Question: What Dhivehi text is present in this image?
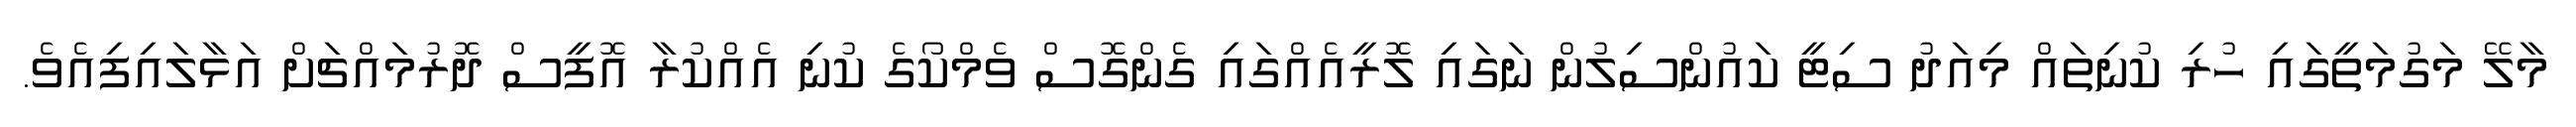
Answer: މާލޭ މަގުމަތީގައި ހުރި ކުނިތައް މިއަދު ސިޓީ ކައުންސިލުން ނަގައި ލޮރީއެއްގައި ގެންގޮސް ވެމްކޯގެ ކުނި އެއްކުރާ އޮފީސް ދޮރުމައްޗަށް އަޅާލައިފިއެވެ.